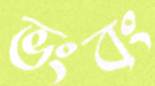
ভংবং